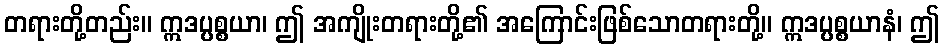
တရားတို့တည်း။ ဣဒပ္ပစ္စယာ၊ ဤ အကျိုးတရားတို့၏ အကြောင်းဖြစ်သောတရားတို့။ ဣဒပ္ပစ္စယာနံ၊ ဤ